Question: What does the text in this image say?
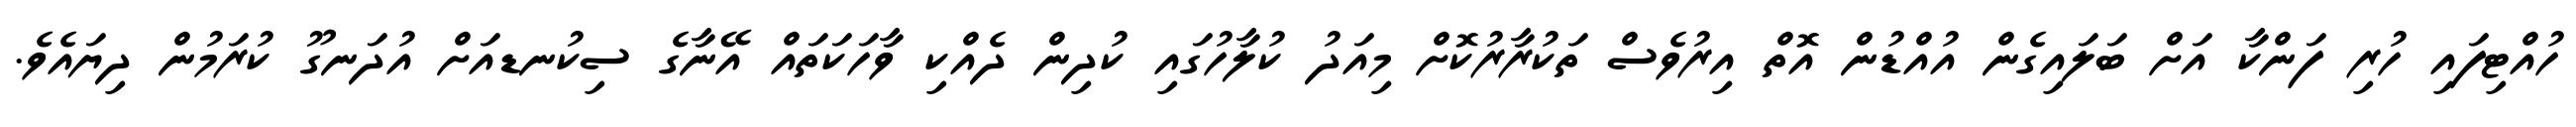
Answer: ހުއްޓިފައި ހުރި ފަންކާ އަށް ބަލައިގެން އުއްޑުން އޮތް އިރުވެސް ތަކުރާރުކޮށް މިއަދު ކުލާހުގައި ކުދިން ދެއްކި ވާހަކަތައް އޭނާގެ ސިކުނޑއަށް އުދަނގޫ ކުރަމުން ދިޔައެވެ.